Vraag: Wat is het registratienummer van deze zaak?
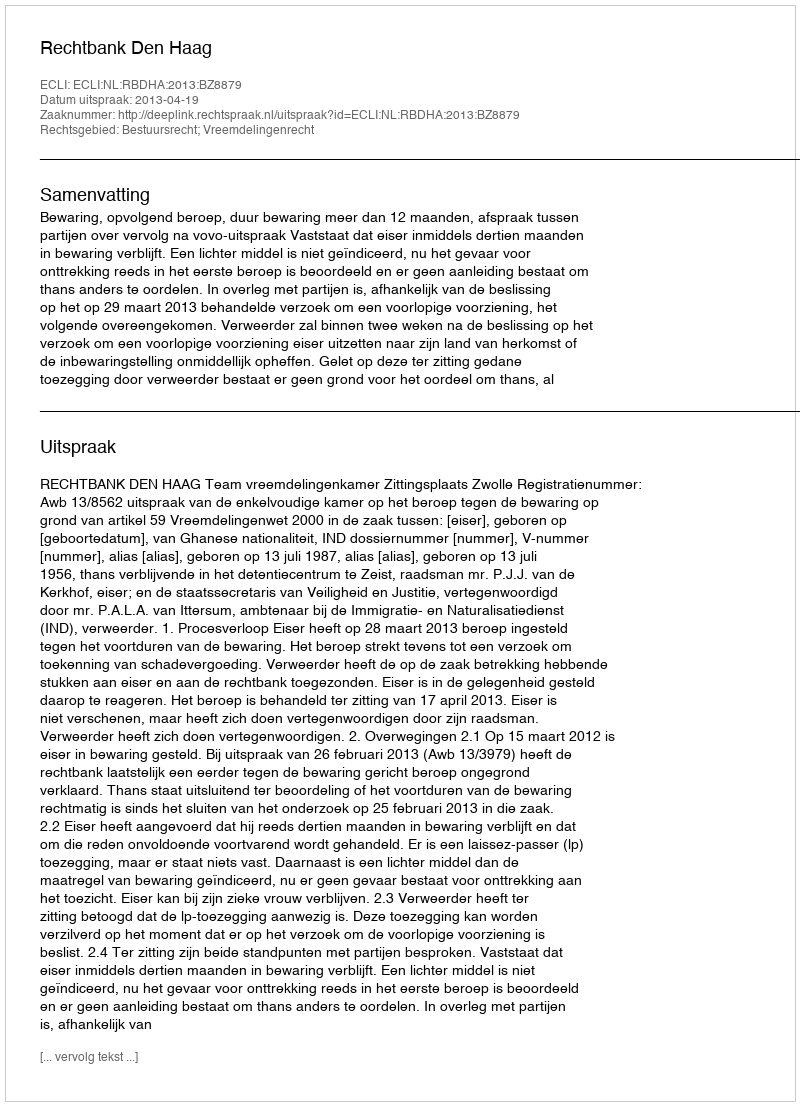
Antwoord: http://deeplink.rechtspraak.nl/uitspraak?id=ECLI:NL:RBDHA:2013:BZ8879